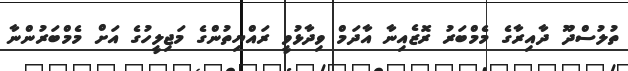
ތުލުސްދޫ ދާއިރާގެ މެމްބަރު ރޮޒެއިނާ އާދަމް ވިދާޅުވީ ރައްޔިތުންގެ މަޖިލީހުގެ އަށް މެމްބަރުންނާ